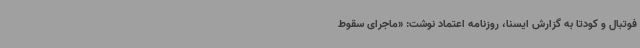
فوتبال و کودتا به گزارش ایسنا، روزنامه اعتماد نوشت:‌ «ماجرای سقوط